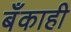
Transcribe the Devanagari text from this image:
बँकाही